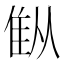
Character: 𫕚